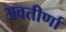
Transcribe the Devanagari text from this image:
अवतीर्णा